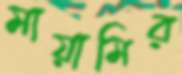
মায়ামির